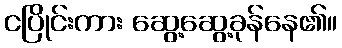
ငပြိုင်းကား ဆွေ့ဆွေ့ခုန်နေ၏။